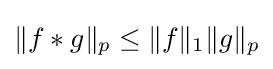
\|{f}*g\|_{p}\leq \|f\|_{1}\|g\|_{p}